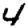
Digit: 4